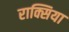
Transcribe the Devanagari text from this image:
राक्सिया